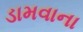
ડામવાના